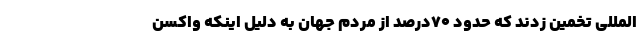
المللی تخمین زدند که حدود ۷۰درصد از مردم جهان به دلیل اینکه واکسن